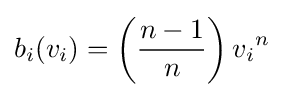
b_{i}(v_{i})=\left({\frac {n-1}{n}}\right){v_{i}}^{n}